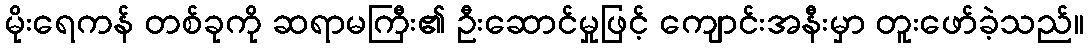
မိုးရေကန် တစ်ခုကို ဆရာမကြီး၏ ဦးဆောင်မှုဖြင့် ကျောင်းအနီးမှာ တူးဖော်ခဲ့သည်။